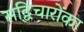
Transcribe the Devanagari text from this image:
सद्विचारोंका